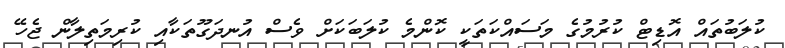
ކުލަބުތައް އޮޑިޓް ކުރުމުގެ މަސައްކަތަކީ ކޮންމެ ކުލަބަކަށް ވެސް އުނދަގޫތަކާއި ކުރިމަތިލާން ޖެހޭ